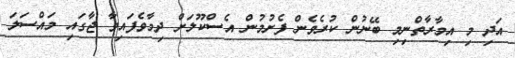
އަދި މި އިމާރާތްނިމި ބޭނުން ކުރެވެން ފެށުމުން އެސްކޫލަށް ދިމާވެފައިވާ ޖާގައި މައްސަލަ